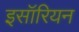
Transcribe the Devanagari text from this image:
इसॉरियन